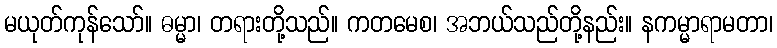
မယုတ်ကုန်သော်။ ဓမ္မာ၊ တရားတို့သည်။ ကတမေစ၊ အဘယ်သည်တို့နည်း။ နကမ္မာရာမတာ၊